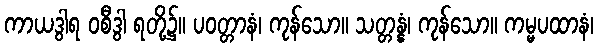
ကာယဒွါရ ဝစီဒွါ ရတို့၌။ ပဝတ္တာနံ၊ ကုန်သော။ သတ္တန္နံ၊ ကုန်သော။ ကမ္မပထာနံ၊